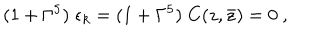
LaTeX: ( 1 + \Gamma ^ { 5 } ) \; \epsilon _ { k } = ( 1 + \Gamma ^ { 5 } ) \; C ( z , \bar { z } ) = 0 \ ,